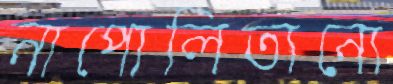
নাপোলিতানো